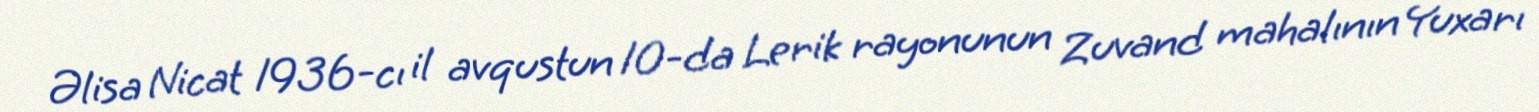
Əlisa Nicat 1936-cı il avqustun 10-da Lerik rayonunun Zuvand mahalının Yuxarı